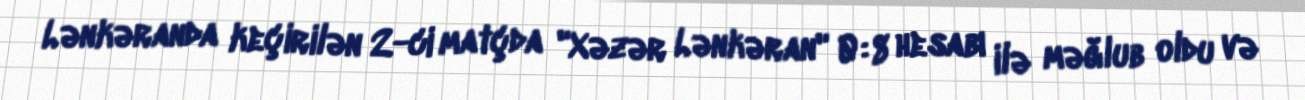
Lənkəranda keçirilən 2-ci matçda "Xəzər Lənkəran" 0:8 hesabı ilə məğlub oldu və